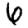
Digit: 6